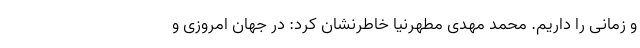
و زمانی را داریم. محمد مهدی مطهرنیا خاطرنشان کرد: در جهان امروزی و